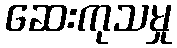
ဆေးကုသမှု